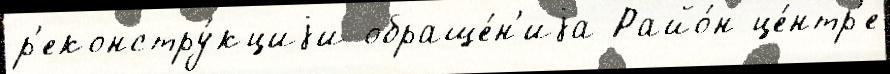
р'еконстру́кциjи обраще́н'иjа Райо́н це́нтр'е